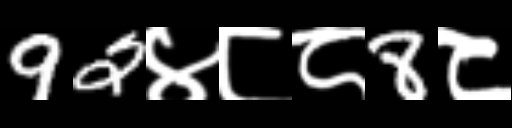
Text: 92४८८8८